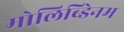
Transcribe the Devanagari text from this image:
मोलिब्डेिनम